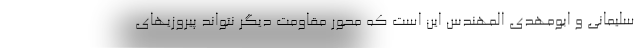
سلیمانی و ابومهدی المهندس این است که محور مقاومت دیگر نتواند پیروزیهای